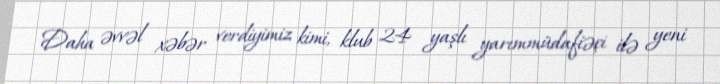
Daha əvvəl xəbər verdiyimiz kimi, klub 24 yaşlı yarımmüdafiəçi ilə yeni